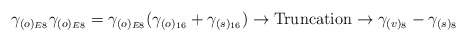
\begin{align*}\gamma_{(o)_{E8}}\gamma_{(o)_{E8}} = \gamma_{(o)_{E8}}(\gamma_{(o)_{16}}+\gamma_{(s)_{16}})\rightarrow \hbox{Truncation}\rightarrow\gamma_{(v)_{8}}-\gamma_{(s)_{8}}\,\end{align*}